Plague in India, 1896, 1897 - Volume 3
Year: 1896
Disease focus: Plague
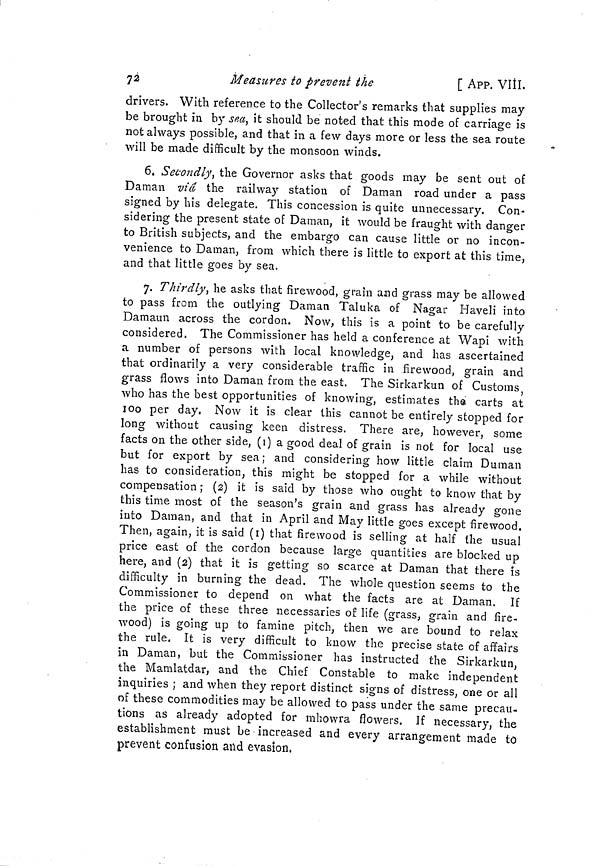
72
Measures to prevent the
[ APP. VIII.
drivers. With reference to the Collector's remarks that supplies may
be brought in by sea, it should be noted that this mode of carriage is
not always possible, and that in a few days more or less the sea route
will be made difficult by the monsoon winds.
6. Secondly, the Governor asks that goods may be sent out of
Daman viâ the railway station of Daman road under a pass
signed by his delegate. This concession is quite unnecessary. Con-
sidering the present state of Daman, it would be fraught with danger
to British subjects, and the embargo can cause little or no incon-
venience to Daman, from which there is little to export at this time,
and that little goes by sea.
7. Thirdly, he asks that firewood, grain and grass may be allowed
to pass from the outlying Daman Taluka of Nagar Havel i into
Damaun across the cordon. Now, this is a point to be carefully
considered. The Commissioner has held a conference at Wapi with
a number of persons with local knowledge, and has ascertained
that ordinarily a very considerable traffic in firewood, grain and
grass flows into Daman from the east. The Sirkarkun of Customs,
who has the best opportunities of knowing, estimates the carts at
100 per day, Now it is clear this cannot be entirely stopped for
long without causing keen distress. There are, however, some
facts on the other side, (1) a good deal of grain is not for local use
but for export by sea; and considering how little claim Duman
has to consideration, this might be stopped for a while without
compensation ; (2) it is said by those who ought to know that by
this time most of the season's grain and grass has already gone
into Daman, and that in April and May little goes except firewood.
Then, again, it is said (1) that firewood is selling at half the usual
price east of the cordon because large quantities are blocked up
here, and (2) that it is getting so scarce at Daman that there is
difficulty in burning the dead. The whole question seems to the
Commissioner to depend on what the facts are at Daman. If
the price of these three necessaries of life (grass, grain and fire-
wood) is going up to famine pitch, then we are bound to relax
the rule. It is very difficult to know the precise state of affairs
in Daman, but the Commissioner has instructed the Sirkarkun,
the Mamlatdar, and the Chief Constable to make independent
inquiries ; and when they report distinct signs of distress, one or all
of these commodities may be allowed to pass under the same precau-
tions as already adopted for mhowra flowers. If necessary, the
establishment must be increased and every arrangement made to
prevent confusion and evasion,